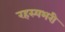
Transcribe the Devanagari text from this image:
रहस्यभरी